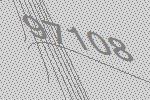
97108